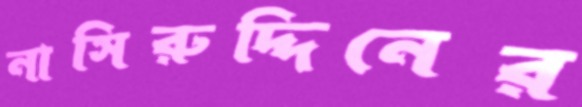
নাসিরুদ্দিনের